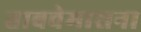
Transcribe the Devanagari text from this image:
ताबवेमासना